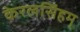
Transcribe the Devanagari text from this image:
केरलसिंहम्